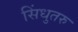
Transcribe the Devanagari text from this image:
सिंधुतरु